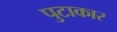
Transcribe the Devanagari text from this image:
पुटाकार